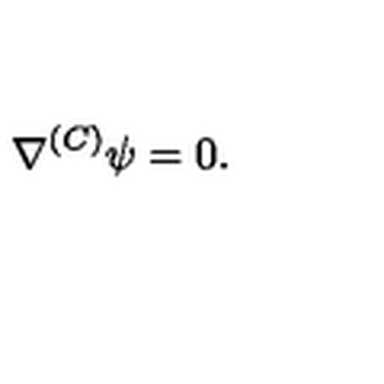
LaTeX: \nabla ^ { ( C ) } \psi = 0 .